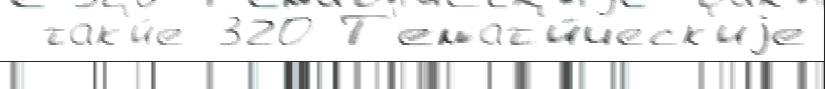
 так'и́е 320 Т'емат'и́ческ'иjе